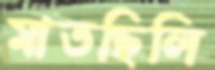
মাতছিলি